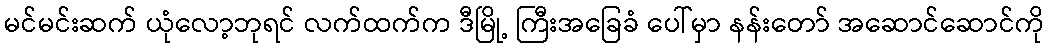
မင်မင်းဆက် ယုံလော့ဘုရင် လက်ထက်က ဒီမြို့ ကြီးအခြေခံ ပေါ်မှာ နန်းတော် အဆောင်ဆောင်ကို